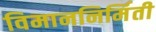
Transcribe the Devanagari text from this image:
विमाननिर्मिती